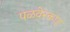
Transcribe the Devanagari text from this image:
पळवेरकाड्